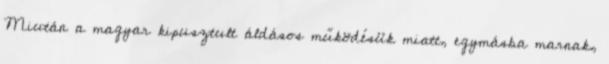
Miután a magyar kipusztult áldásos működésük miatt, egymásba marnak,